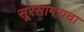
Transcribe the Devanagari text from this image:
सूरसागराचा